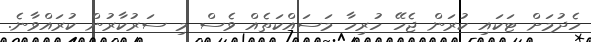
ހެދުމަށް ޓަކައި ކުރަން ޖެހޭ ހުރިހާ މަސައްކަތެއް ވެސް މި ސަރުކާރުން ކުރައްވާނެ.